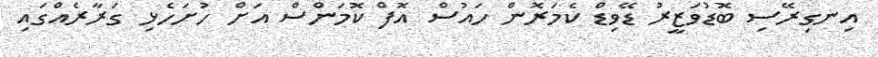
އިނގިރޭސި ބޮޑުވަޒީރު ޑޭވިޑް ކެމަރޮން ހައުސް އޮފް ކޮމަންސް އަށް ހުށަހެޅި ގަރާރެއްގައި